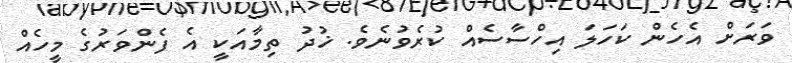
ވަރަށް އެހެން ކަހަލަ އިހްސާސެއް ކުރެވުނެވެ. ޚުދު ތިމާއަކީ އެ ފެންވަރުގެ މީހެއް